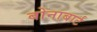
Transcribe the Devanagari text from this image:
बोनाबार्ट